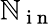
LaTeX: \mathbb{N}_{\mathrm{{~i~n~}}}